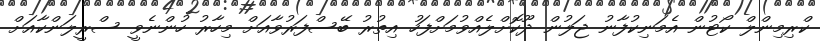
ކްރިމިންލް ކޯޓުން އެމަނިކުފާނު ޖަލުން ދޫކޮށްލެއްވުމަށްފަހު އިތުރު ބޭސްފަރުވާއަށް މިހާރު ހުންނެވީ ސްރީލަންކާއަށް